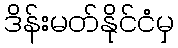
ဒိန်းမတ်နိုင်ငံမှ